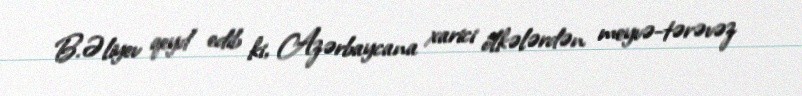
B.Əliyev qeyd edib ki, Azərbaycana xarici ölkələrdən meyvə-tərəvəz